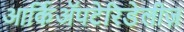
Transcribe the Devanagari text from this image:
आर्किॲपटेरिडेलीज़